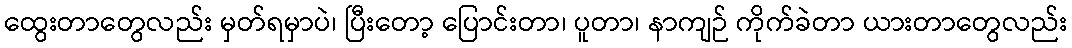
ထွေးတာတွေလည်း မှတ်ရမှာပဲ၊ ပြီးတော့ ပြောင်းတာ၊ ပူတာ၊ နာကျဉ် ကိုက်ခဲတာ ယားတာတွေလည်း